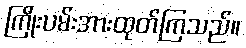
ကြိုးပမ်းအားထုတ်ကြသည်။